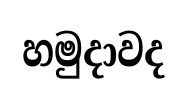
හමුදාවද